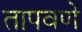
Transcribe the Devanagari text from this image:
तापवणे